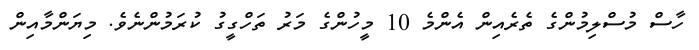
ހާސް މުސްލިމުންގެ ތެރެއިން އެންމެ 10 މީހުންގެ މަރު ތަހްގީގު ކުރަމުންނެވެ. މިޔަންމާއިން